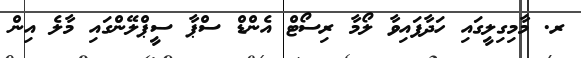
ރ. މާމިގިލީގައި ހަދާފައިވާ ލޯމާ ރިސޯޓް އެންޑް ސްޕާ ސީޕްލޭންގައި މާލެ އިން